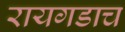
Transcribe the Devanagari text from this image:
रायगडाच